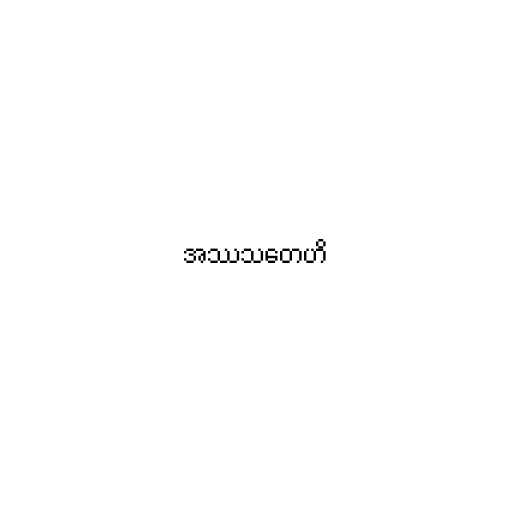
အဿသတေဟိ